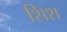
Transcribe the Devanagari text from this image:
शिश